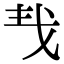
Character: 𢦒